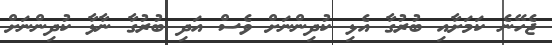
ޖެހޭނެ ކަމަށާއި ބުރުގާ އެޅި ކުދިންނަށް ވެސް އަދި ބުރުގާ ނާޅާ ކުދިންނަށް